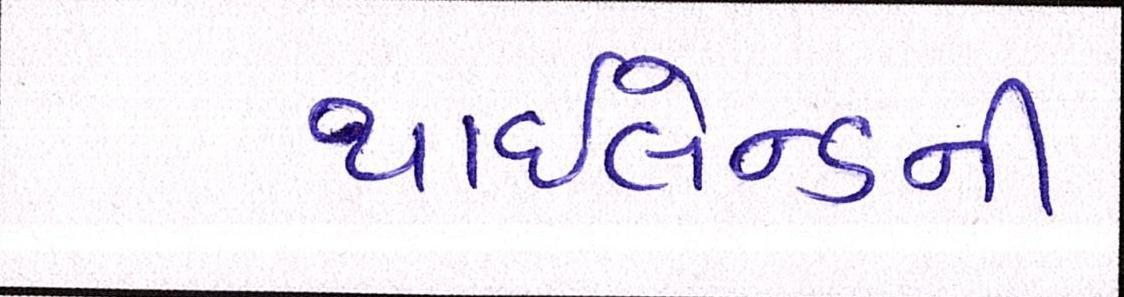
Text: થાઇલેન્ડની